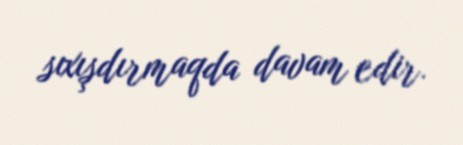
sıxışdırmaqda davam edir.